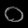
Digit: ၀